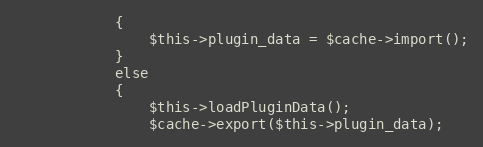
Language: PHP
			{
				$this->plugin_data = $cache->import();
			}
			else
			{
				$this->loadPluginData();
				$cache->export($this->plugin_data);